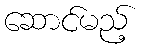
ဆောင်မည့်